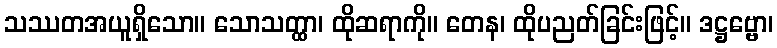
သဿတအယူရှိသော။ သောသတ္ထာ၊ ထိုဆရာကို။ တေန၊ ထိုပညတ်ခြင်းဖြင့်။ ဒဋ္ဌဗ္ဗော၊